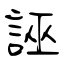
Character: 誣